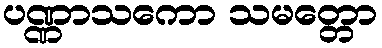
ပဏ္ဏာသကော သမတ္တော